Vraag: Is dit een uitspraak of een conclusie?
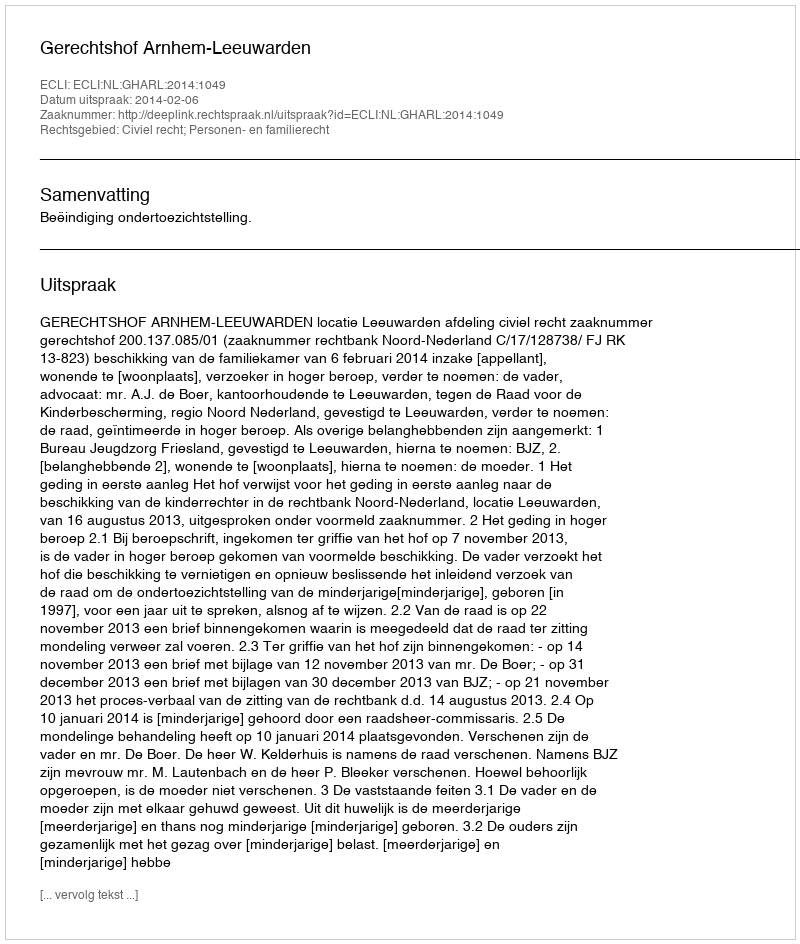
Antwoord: Uitspraak